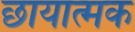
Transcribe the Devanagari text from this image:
छायात्मक